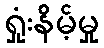
ရှုံးနိမ့်မှု